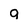
Character: 9